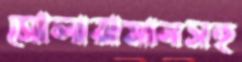
সোলায়ামানসহ